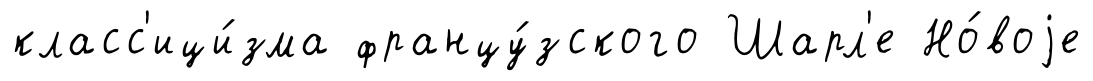
класс'ици́зма францу́зского Шарл'е Но́воjе